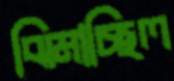
ঝিমাচ্ছিল